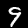
Digit: 9